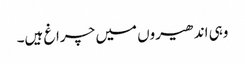
وہی اندھیروں میں چراغ ہیں۔